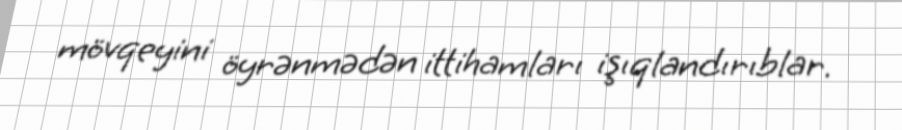
mövqeyini öyrənmədən ittihamları işıqlandırıblar.